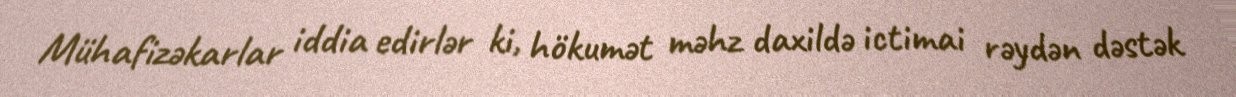
Mühafizəkarlar iddia edirlər ki, hökumət məhz daxildə ictimai rəydən dəstək